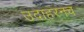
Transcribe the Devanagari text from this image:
उदाहरनच